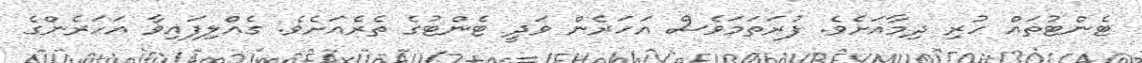
ޓެންޓުތައް ހުރި ދިމާއަށެވެ. ފުރަތަމަވެސް އަހަރެން ވަދީ ޓެންޓުގެ ތެރެއަށެވެ. ގެއްލިފައިވާ އަހަރެންގެ